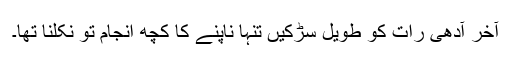
آخر آدھی رات کو طویل سڑکیں تنہا ناپنے کا کچھ انجام تو نکلنا تھا۔